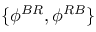
\{ \phi ^ { B R } , \phi ^ { R B } \}